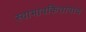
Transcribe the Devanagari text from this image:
स्वाभावकितावाद